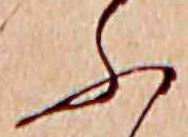
ふ